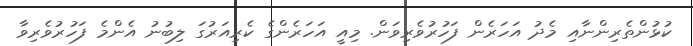
ކުޅުންތެރިންނާއި މެދު އަހަރެން ފަހުރުވެރިވަން. މިއީ އަހަރެންގެ ކެރިއަރުގަ ލިބުނު އެންމެ ފަހުރުވެރިވާ